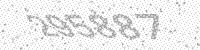
Solution: 295887